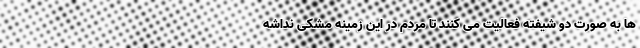
ها به صورت دو شیفته فعالیت می کنند تا مردم در این زمینه مشکی نداشه